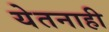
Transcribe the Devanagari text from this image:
येतनाही